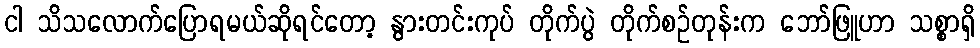
ငါ သိသလောက်ပြောရမယ်ဆိုရင်တော့ နွားတင်းကုပ် တိုက်ပွဲ တိုက်စဉ်တုန်းက ဘော်ဖြူဟာ သစ္စာရှိ